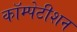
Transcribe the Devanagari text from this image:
कॉम्पेटीशन